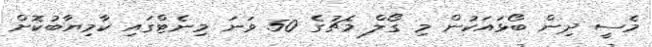
މެސީ ދިން ބޯޅައަކުން މި ގޯލް މެޗުގެ 50 ވަނަ މިނެޓްގައި ކާމިޔާބުކޮށް